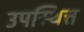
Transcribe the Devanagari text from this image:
उपस्थित्त